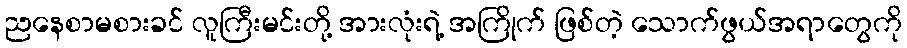
ညနေစာမစားခင် လူကြီးမင်းတို့ အားလုံးရဲ့ အကြိုက် ဖြစ်တဲ့ သောက်ဖွယ်အရာတွေကို